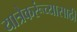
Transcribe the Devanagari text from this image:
यात्रेकरूंच्यासाठी